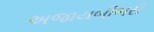
અજાયબીભરી